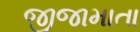
જીજામાતા